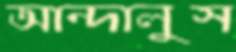
আন্দালুস